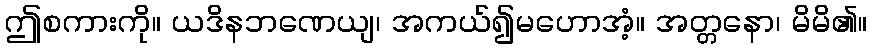
ဤစကားကို။ ယဒိနဘဏေယျ၊ အကယ်၍မဟောအံ့။ အတ္တနော၊ မိမိ၏။